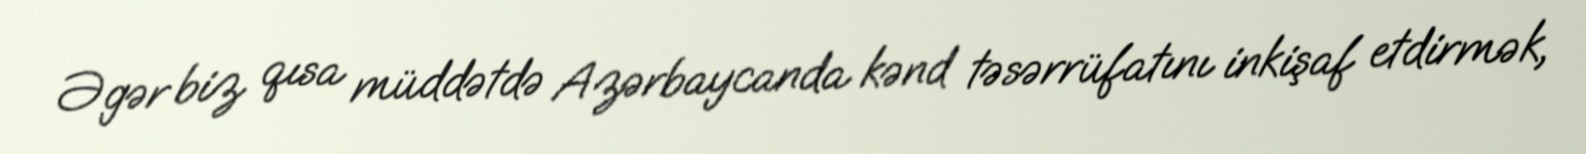
Əgər biz qısa müddətdə Azərbaycanda kənd təsərrüfatını inkişaf etdirmək,